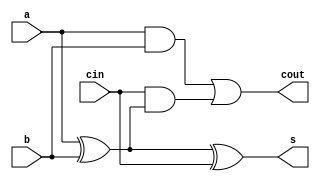
module fulladder(
    input a, b,cin,
    output s, cout
    );
    assign s= a^b^cin;
    assign cout=(a & b) | cin & (a^b);
endmodule

module rippleadder (
    input [3:0]a , b,
    input cin,
    output [3:0]cout,
    output [3:0]s);
fulladder fa1(a[0],b[0],cin,s[0],cout[0]);
fulladder fa2(a[1],b[1],cout[0],s[1],cout[1]);
fulladder fa3(a[2],b[2],cout[1],s[2],cout[2]);
fulladder fa4(a[3],b[3],cout[2],s[3],cout[3]);
endmodule

module test_ra();
    reg [3:0]in1,in2;
    reg cin;
    wire [3:0]c,out;
    initial begin
		$dumpfile("ripple.vcd");
		$dumpvars;
	end


    rippleadder r(in1,in2,cin,c,out);
    initial begin

        #2 cin=1'b0;
           in1=4'b0000;
           in2=4'b1111;
        #6 cin=1'b0;
           in1=4'b1111;
           in2=4'b1111;

        #2 $finish;
    end

    initial
		$monitor($time," out=%b carry=%b",out, c[3]);
endmodule